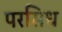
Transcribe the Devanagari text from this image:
परसिध